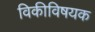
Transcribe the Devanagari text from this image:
विकीविषयक